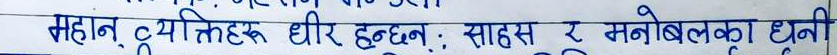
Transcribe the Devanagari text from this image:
महान व्यक्तिहरू धीर हुन्छन्; साहस र मनोबलका धनी